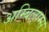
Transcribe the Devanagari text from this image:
अम्बिल्राम्स